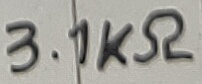
Text: 3.1KΩ